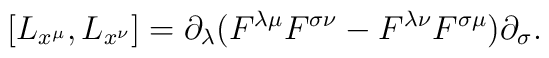
[L_{x^\mu},L_{x^\nu}] = \partial_\lambda (F^{\lambda \mu} F^{\sigma\nu} - F^{\lambda \nu} F^{\sigma \mu}) \partial_\sigma.